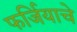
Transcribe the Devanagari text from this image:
फर्जियाचे